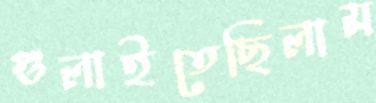
গুলাইতেছিলাম